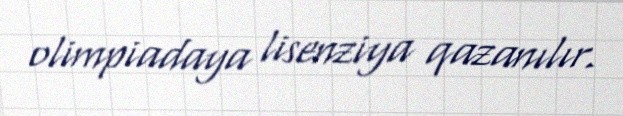
olimpiadaya lisenziya qazanılır.